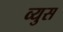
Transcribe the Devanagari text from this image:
व्युस